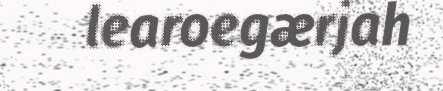
learoegærjah